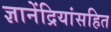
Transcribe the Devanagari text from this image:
ज्ञानेंद्रियांसहित